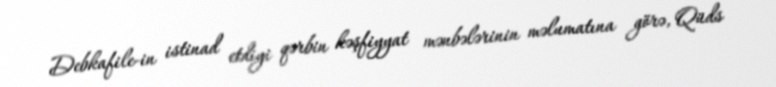
Debkafile-in istinad etdiyi qərbin kəşfiyyat mənbələrinin məlumatına görə, Qüds